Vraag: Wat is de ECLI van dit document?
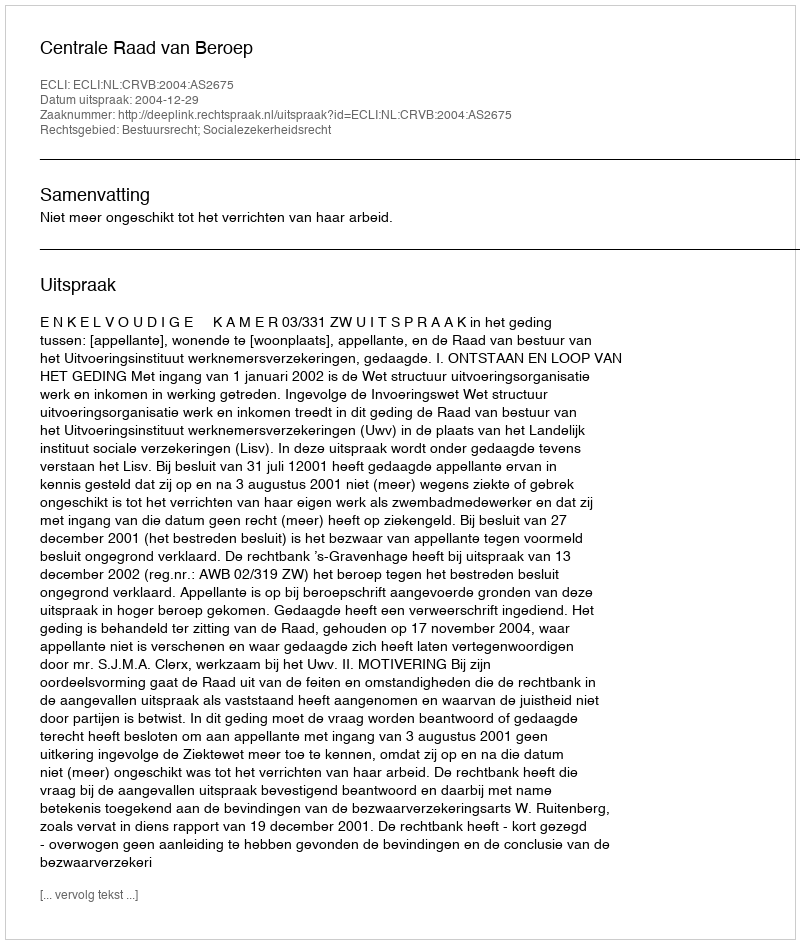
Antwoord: ECLI:NL:CRVB:2004:AS2675